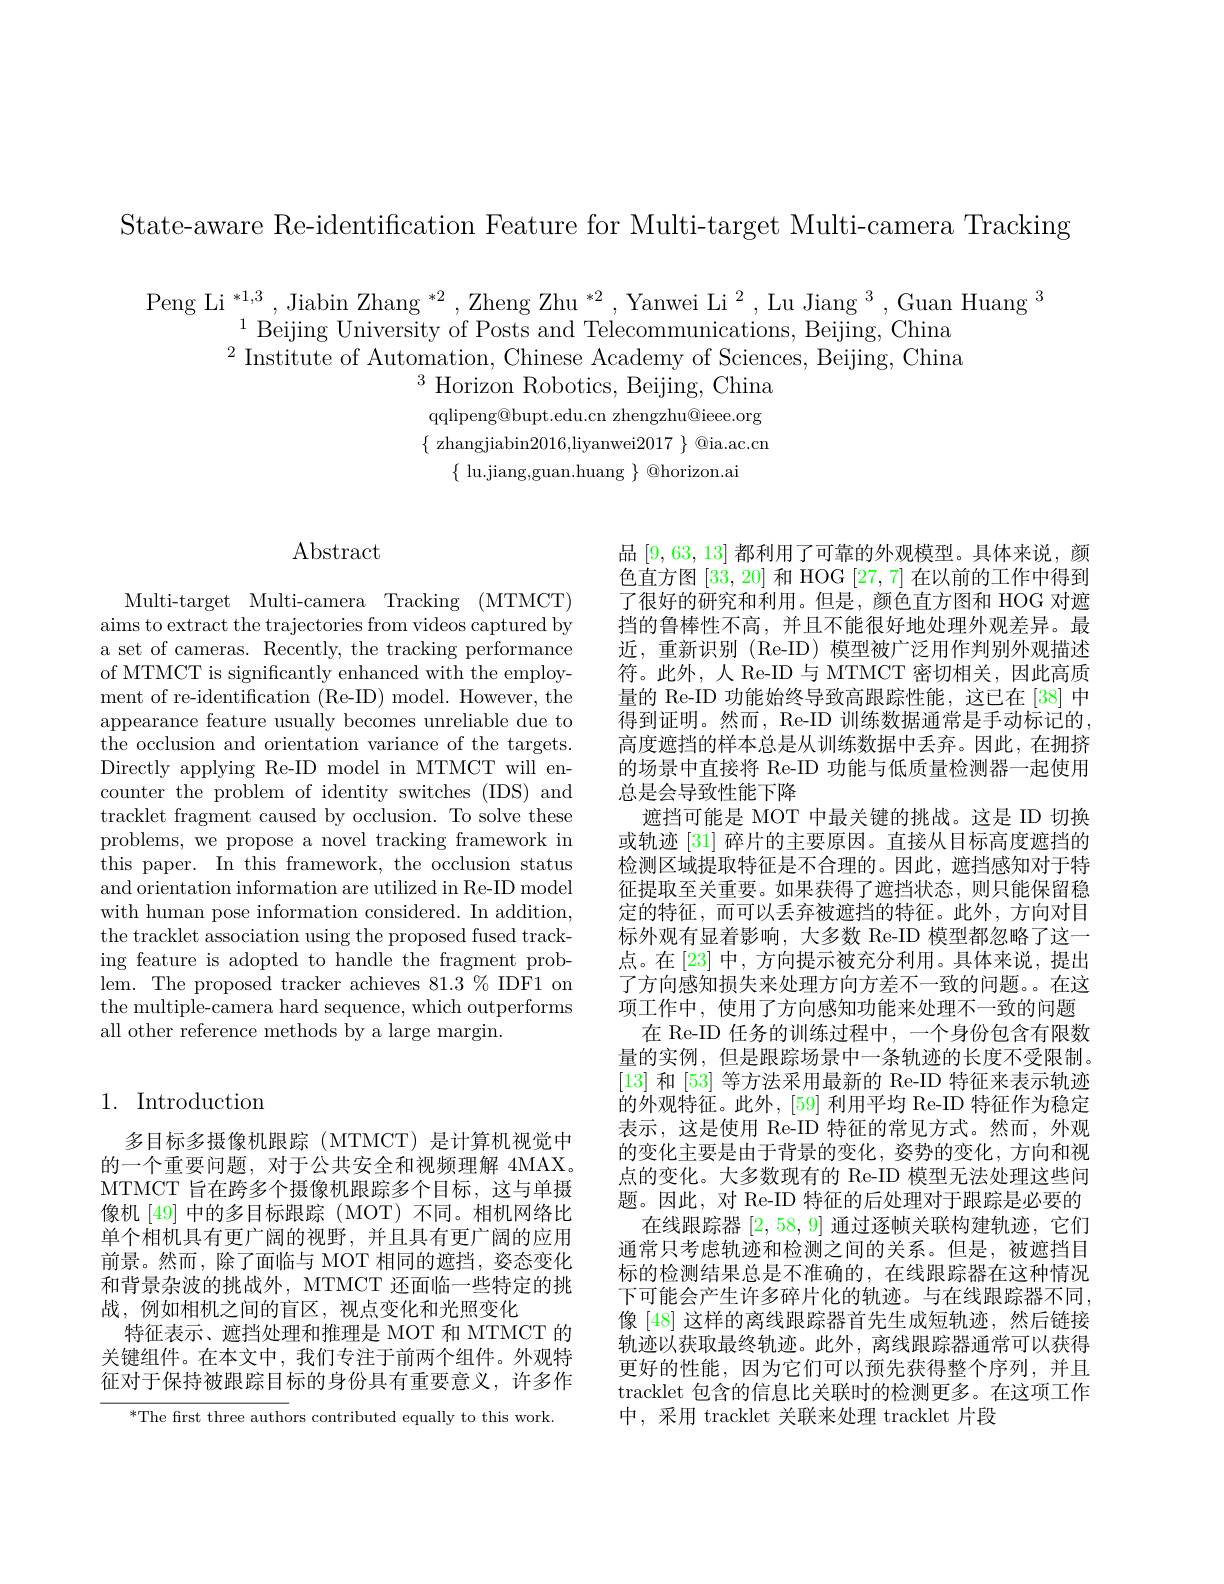
State-aware Re-identification Feature for Multi-target Multi-camera Tracking

Peng Li $^*1,3$,Jiabin Zhang $^*2,\text{Zheng Zhu }^*2,\text{Yanwei Li}^2$,Lu Jiang$^3$,Guan Huang$^3$
$^{1}$Beijing University of Posts and Telecommunications, Beijing, China $^{2}$ Institute of Automation, Chinese Academy of Sciences, Beijing, China
$^{3}$ Horizon Robotics, Beijing, China qqlipeng@ bupt. edu. cn zhengzhu@ ieee. org $\{$ zhangjiabin2016,liyanwei$2017\}$ @ia.ac.cn
$\{$ lu.jiang,guan.huang $\}$ @horizon.ai

$\operatorname{Abstract}$

Multi-target Multi-camera Tracking (MTMCT) aims to extract the trajectories from videos captured by a set of cameras. Recently, the tracking performance of MTMCT is significantly enhanced with the employment of re-identification (Re-ID) model. However, the appearance feature usually becomes unreliable due to the occlusion and orientation variance of the targets. Directly applying Re-ID model in MTMCT will encounter the problem of identity switches (IDS) and tracklet fragment caused by occlusion. To solve these problems, we propose a novel tracking framework in this paper. In this framework, the occlusion status and orientation information are utilized in Re-ID model with human pose information considered. In addition, the tracklet association using the proposed fused tracking feature is adopted to handle the fragment problem. The proposed tracker achieves 81.3 % IDF1 on the multiple-camera hard sequence, which outperforms all other reference methods by a large margin.

品[9,63,13]都利用了可靠的外观模型。具体来说，颜色直方图[33,20]和 HOG [27,7]在以前的工作中得到了很好的研究和利用。但是，颜色直方图和 HOG 对遮挡的鲁棒性不高，并且不能很好地处理外观差异。最近，重新识别(Re-ID)模型被广泛用作判别外观描述符。此外，人 Re-ID 与 MTMCT 密切相关，因此高质量的 Re-ID 功能始终导致高跟踪性能，这已在[38]中得到证明。然而，Re-ID 训练数据通常是手动标记的， 高度遮挡的样本总是从训练数据中丢弃。因此，在拥挤的场景中直接将 Re-ID 功能与低质量检测器一起使用总是会导致性能下降
遮挡可能是 MOT 中最关键的挑战。这是 ID 切换或轨迹 [31] 碎片的主要原因。直接从目标高度遮挡的检测区域提取特征是不合理的。因此，遮挡感知对于特征提取至关重要。如果获得了遮挡状态，则只能保留稳定的特征，而可以丢弃被遮挡的特征。此外，方向对目标外观有显着影响，大多数 Re-ID 模型都忽略了这一点。在[23] 中，方向提示被充分利用。具体来说，提出了方向感知损失来处理方向方差不一致的问题。。在这项工作中，使用了方向感知功能来处理不一致的问题
在 Re-ID 任务的训练过程中，一个身份包含有限数量的实例，但是跟踪场景中一条轨迹的长度不受限制。[13]和 [53] 等方法采用最新的 Re-ID 特征来表示轨迹的外观特征。此外，[59] 利用平均 Re-ID 特征作为稳定表示，这是使用 Re-ID 特征的常见方式。然而，外观的变化主要是由于背景的变化，姿势的变化，方向和视点的变化。大多数现有的 Re-ID 模型无法处理这些问题。因此，对 Re-ID 特征的后处理对于跟踪是必要的
在线跟踪器[2,58,9]通过逐帧关联构建轨迹，它们通常只考虑轨迹和检测之间的关系。但是，被遮挡目标的检测结果总是不准确的，在线跟踪器在这种情况下可能会产生许多碎片化的轨迹。与在线跟踪器不同， 像 [48] 这样的离线跟踪器首先生成短轨迹，然后链接轨迹以获取最终轨迹。此外，离线跟踪器通常可以获得更好的性能，因为它们可以预先获得整个序列，并且tracklet 包含的信息比关联时的检测更多。在这项工作中，采用 tracklet 关联来处理 tracklet 片段

# 1. Introduction

多目标多摄像机跟踪(MTMCT)是计算机视觉中的一个重要问题，对于公共安全和视频理解 4MAX。MTMCT 旨在跨多个摄像机跟踪多个目标，这与单摄像机[49]中的多目标跟踪(MOT)不同。相机网络比单个相机具有更广阔的视野，并且具有更广阔的应用前景。然而，除了面临与 MOT 相同的遮挡，姿态变化和背景杂波的挑战外，MTMCT 还面临一些特定的挑战，例如相机之间的盲区，视点变化和光照变化
特征表示、遮挡处理和推理是 MOT 和 MTMCT 的关键组件。在本文中，我们专注于前两个组件。外观特征对于保持被跟踪目标的身份具有重要意义，许多作

$^{*}$The first three authors contributed equally to this work.